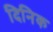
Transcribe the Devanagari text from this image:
दिनिक